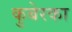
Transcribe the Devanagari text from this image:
कुबेरका